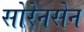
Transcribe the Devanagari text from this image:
सोरेनसेन